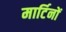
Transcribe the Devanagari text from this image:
मार्टिनों